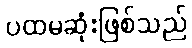
ပထမဆုံးဖြစ်သည်